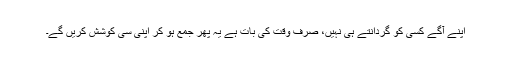
اپنے آگے کسی کو گردانتے ہی نہیں، صرف وقت کی بات ہے یہ پھر جمع ہو کر اپنی سی کوشش کریں گے۔